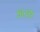
કાણ